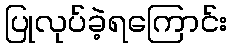
ပြုလုပ်ခဲ့ရကြောင်း